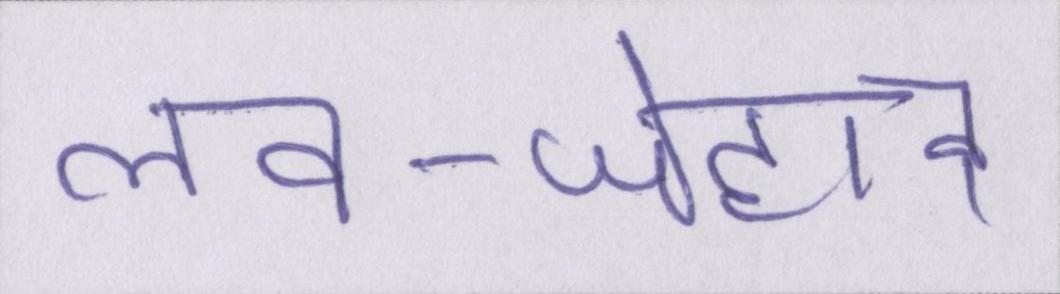
लव-जेहाद